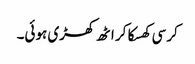
کرسی کھسکا کر اٹھ کھڑی ہوئی۔